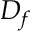
D _ { f }